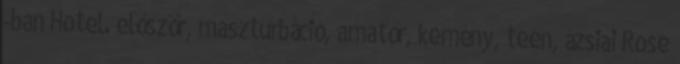
-ban Hotel. először, maszturbáció, amatőr, kemény, teen, ázsiai Rose